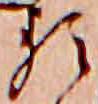
る